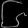
Digit: ၆